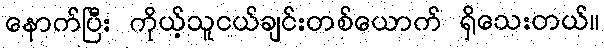
နောက်ပြီး ကိုယ့်သူငယ်ချင်းတစ်ယောက် ရှိသေးတယ်။